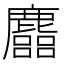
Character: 𪋦